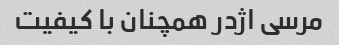
مرسی اژدر همچنان با کیفیت